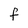
Character: F